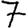
Digit: 7